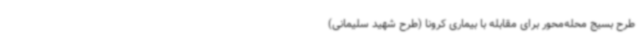
طرح بسیج محله‌محور برای مقابله با بیماری کرونا (طرح شهید سلیمانی)